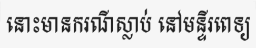
នោះមានករណីស្លាប់ នៅមន្ទីរពេទ្យ